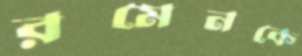
রমেনকে